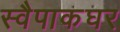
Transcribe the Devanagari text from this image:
स्वैपाकघर